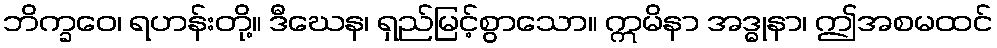
ဘိက္ခဝေ၊ ရဟန်းတို့။ ဒီဃေန၊ ရှည်မြင့်စွာသော။ ဣမိနာ အဒ္ဓုနာ၊ ဤအစမထင်